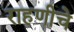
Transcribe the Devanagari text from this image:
राहणीचे